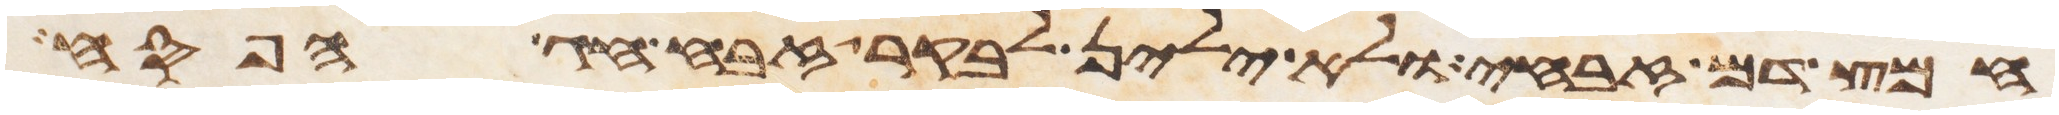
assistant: חמץ דם זבחי ולא ילין לבקר זבח חג הפסח